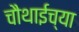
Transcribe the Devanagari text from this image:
चौथाईच्या